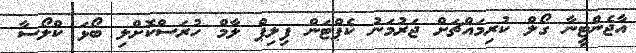
އާޖެންޓީނާ ގޯލް ކުރިމައްޗަށް ޖަރުމަނު ކެޕްޓަން ފިލިޕް ލާމް ހުރަސްކޮށްލި ބޯޅަ ކްލޯސާ